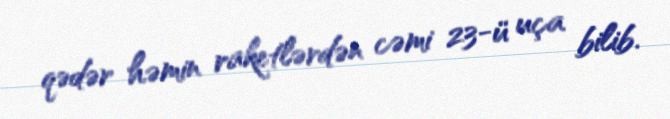
qədər həmin raketlərdən cəmi 23-ü uça bilib.